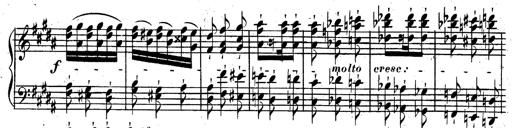
Title: Rondeau fantastique sur un thÃ¨me espagnol
Composer: Franz Liszt